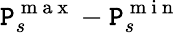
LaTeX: \mathtt{P}_{s}^{\mathrm{{~m~a~x~}}}-\mathtt{P}_{s}^{\mathrm{{~m~i~n~}}}